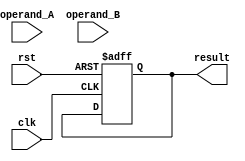
module Booth_Multiplier(
  input wire clk,
  input wire rst,
  input wire [3:0] operand_A,
  input wire [3:0] operand_B,
  output reg [7:0] result
);

  reg [3:0] partial_product;
  reg [3:0] accumulator;

  always @(posedge clk or posedge rst) begin
    if (rst) begin
      partial_product <= 4'b0000;
      accumulator <= 4'b0000;
      result <= 8'b00000000;
    end else begin
      // Booth algorithm logic here
      // Your implementation here
    end
  end
  
endmodule